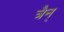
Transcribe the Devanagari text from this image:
त्रैन्